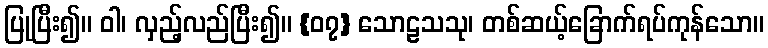
ပြုပြီး၍။ ဝါ၊ လှည့်လည်ပြီး၍။ {၀၇} သောဠသသု၊ တစ်ဆယ့်ခြောက်ရပ်ကုန်သော။